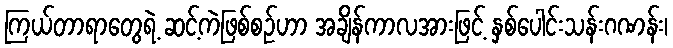
ကြယ်တာရာတွေရဲ့ ဆင့်ကဲဖြစ်စဉ်ဟာ အချိန်ကာလအားဖြင့် နှစ်ပေါင်းသန်းဂဏန်း၊